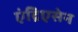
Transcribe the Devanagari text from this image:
एंद्रिएसेन